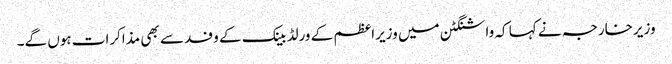
وزیرخارجہ نے کہا کہ واشنگٹن میں وزیراعظم کے ورلڈ بینک کے وفد سے بھی مذاکرات ہوں گے۔